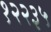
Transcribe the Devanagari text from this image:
१२२३५